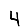
Digit: 4